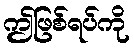
ဤဖြစ်ရပ်ကို